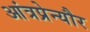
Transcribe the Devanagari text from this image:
आंत्रप्रेन्यौर